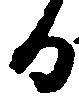
る